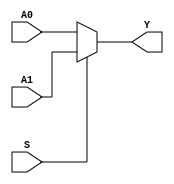
`timescale 1ns / 1ps
//////////////////////////////////////////////////////////////////////////////////
// Company: 
// Engineer: 
// 
// Design Name: 
// Module Name: MUX2X5
// Project Name: 
// Target Devices: 
// Tool Versions: 
// Description: 
// 
// Dependencies: 
// 
// Revision:
// Revision 0.01 - File Created
// Additional Comments:
// 
//////////////////////////////////////////////////////////////////////////////////


module MUX2X5(A0,A1,S,Y);
    input [4:0]A0,A1;
    input S;
    output [4:0]Y;
    assign Y=S?A1:A0;
endmodule